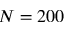
N = 2 0 0